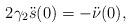
LaTeX: \begin{align*}2\gamma_2\ddot s(0) = -\ddot{\nu}(0),\end{align*}